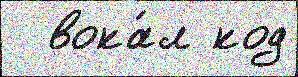
  вока́л код